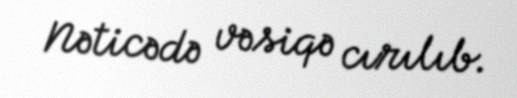
Nəticədə vəsiqə cırılıb.